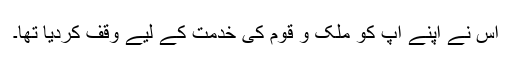
اس نے اپنے آپ کو ملک و قوم کی خدمت کے لیے وقف کردیا تھا۔